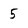
Character: 5